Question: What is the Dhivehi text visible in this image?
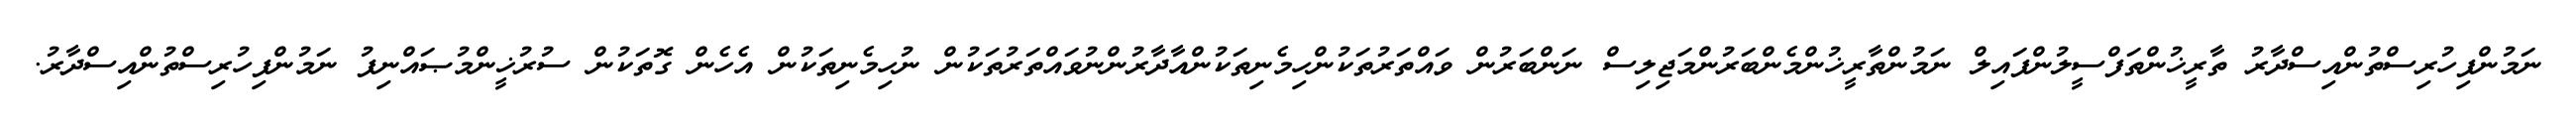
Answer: ނަމުންފިހުރިސްތުންއިސްދާރު ތާރީޚުންތަފްސީލުންފައިލް ނަމުންތާރީޚުންމެންބަރުންމަޖިލިސް ނަންބަރުން ވައްތަރުތަކުންހިމެނިތަކުންއާދާރުންނުވައްތަރުތަކުން ނުހިމެނިތަކުން އެހެން ގޮތަކުން ސުރުޚީންމުޞައްނިފު ނަމުންފިހުރިސްތުންއިސްދާރު.